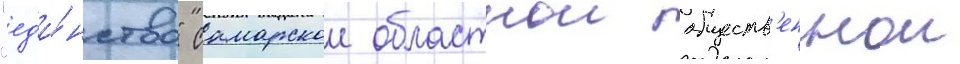
"ед'и́нство" самарскои областнои обществ'еннои